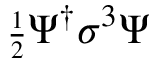
{ \scriptstyle \frac { 1 } { 2 } } \Psi ^ { \dagger } \sigma ^ { 3 } \Psi